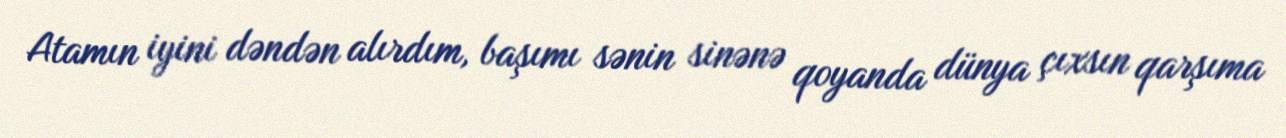
Atamın iyini dəndən alırdım, başımı sənin sinənə qoyanda dünya çıxsın qarşıma